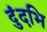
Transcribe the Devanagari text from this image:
दुंदभि